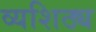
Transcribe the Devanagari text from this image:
व्यशिठ्य